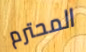
المحترم